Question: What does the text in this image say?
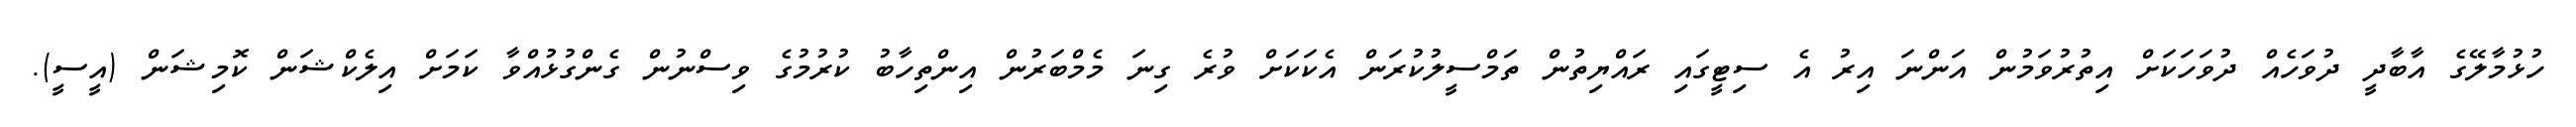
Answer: ހުޅުމާލޭގެ އާބާދީ ދުވަހެއް ދުވަހަކަށް އިތުރުވަމުން އަންނަ އިރު އެ ސިޓީގައި ރައްޔިތުން ތަމްސީލުކުރަން އެކަކަށް ވުރެ ގިނަ މެމްބަރުން އިންތިހާބު ކުރުމުގެ ވިސްނުން ގެންގުޅުއްވާ ކަމަށް އިލެކްޝަން ކޮމިޝަން (އީސީ).